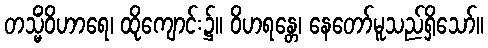
တသ္မိံဝိဟာရေ၊ ထိုကျောင်း၌။ ဝိဟရန္တေ၊ နေတော်မူသည်ရှိသော်။